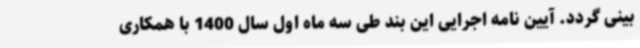
بینی گردد. آیین نامه اجرایی این بند طی سه ماه اول سال 1400 با همکاری